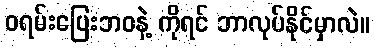
ဝရမ်းပြေးဘဝနဲ့ ကိုရင် ဘာလုပ်နိုင်မှာလဲ။